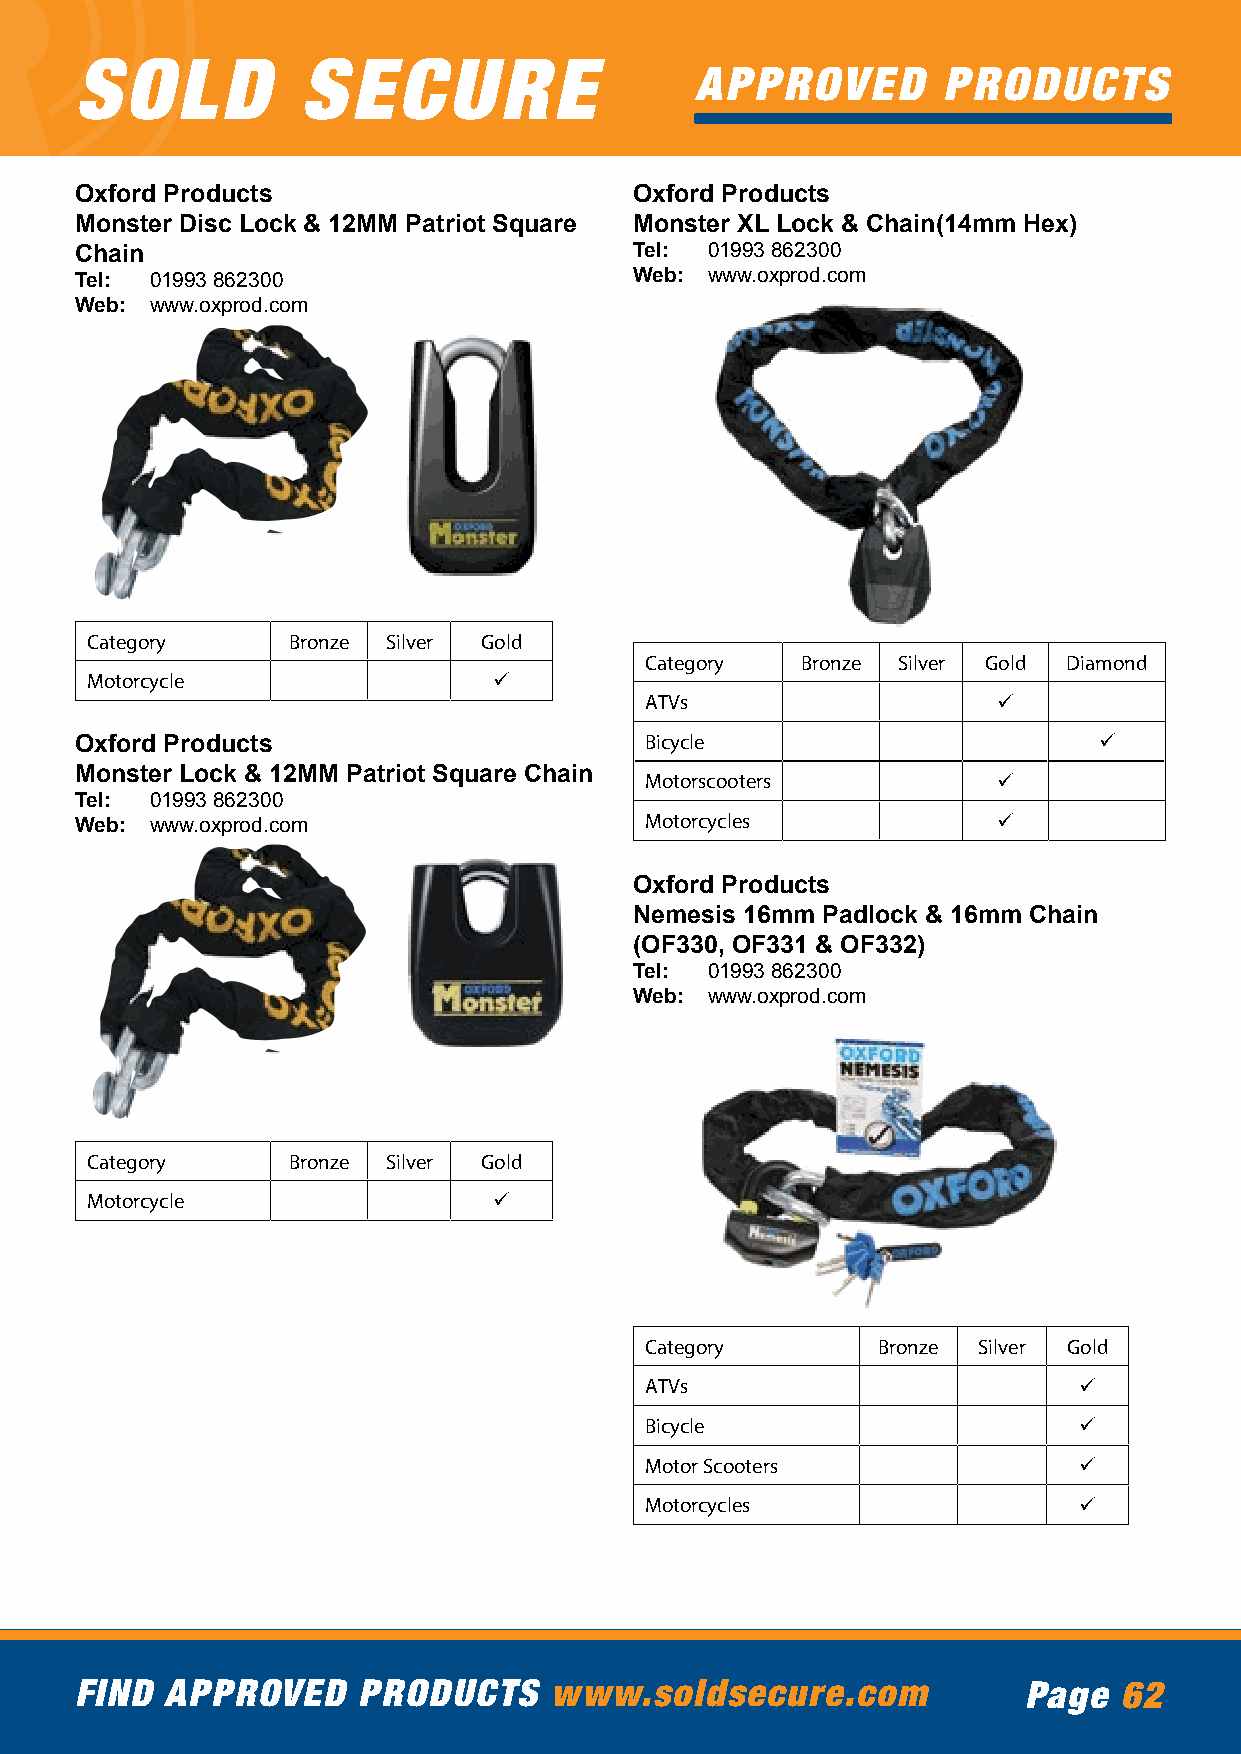
SOLD           SECURE
 APPROVED        PRODUCTS
 Oxford Products                      Oxford Products
 Monster Disc Lock & 12MM Patriot Square Monster XL Lock & Chain(14mm Hex)
 Chain                                Tel: 01993 862300
 Tel: 01993 862300                    Web: www.oxprod.com
 Web: www.oxprod.com
 Category     Bronze Silver Gold
 Category  Bronze Silver Gold Diamond
 Motorcycle                 ü
 ATVs                   ü
 Oxford Products                       Bicycle                       ü
 Monster Lock & 12MM Patriot Square Chain Motorscooters       ü
 Tel: 01993 862300
 Web: www.oxprod.com                   Motorcycles            ü
 Oxford Products
 Nemesis 16mm Padlock & 16mm Chain
 (OF330, OF331 & OF332)
 Tel: 01993 862300
 Web: www.oxprod.com
 Category     Bronze Silver Gold
 Motorcycle                 ü
 Category       Bronze Silver Gold
 ATVs                        ü
 Bicycle                     ü
 Motor Scooters              ü
 Motorcycles                 ü
 FIND  APPROVED     PRODUCTS    www.soldsecure.com              Page  62